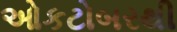
ઓકટોબરથી